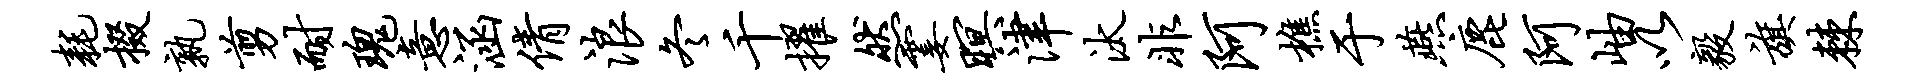
耗掇孰剪耐瑰意涵倩浪冬千擢然霎暝津汰非阿樵于燕鹿阿岫以毅旗棘